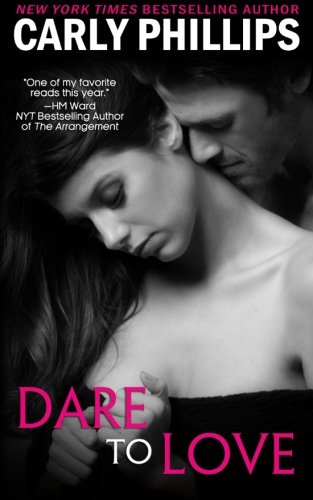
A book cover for Dare to Love; Carly Phillips; Romance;